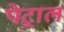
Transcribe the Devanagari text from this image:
पेट्राल